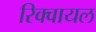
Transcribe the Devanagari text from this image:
रिक्वायल